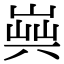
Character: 𠔞